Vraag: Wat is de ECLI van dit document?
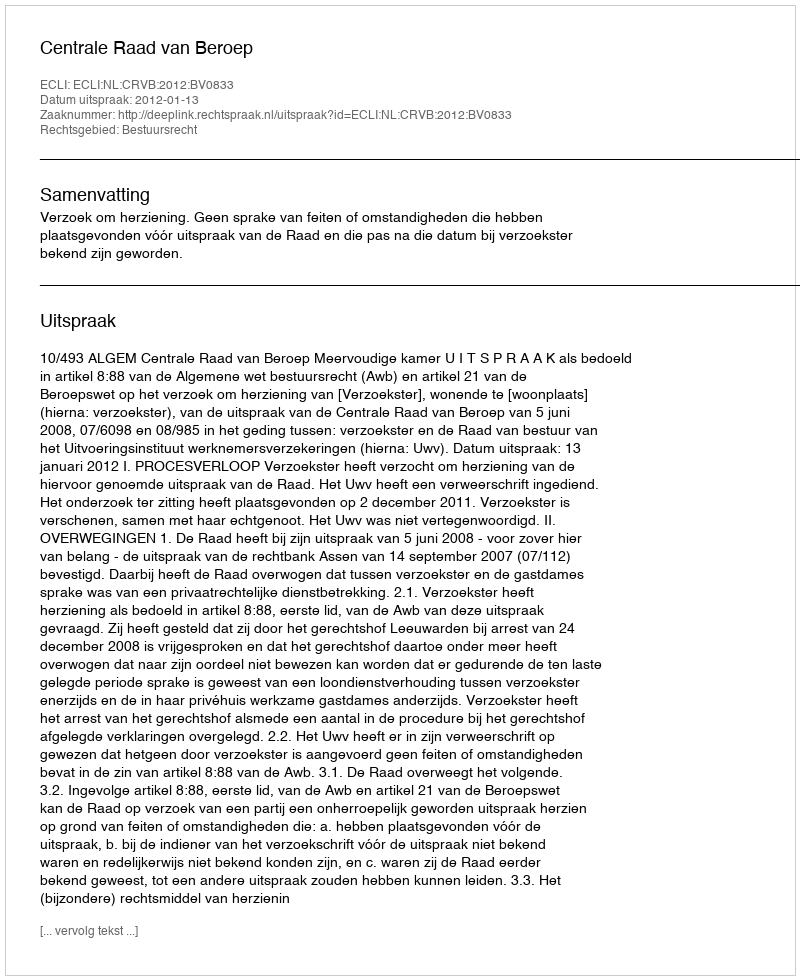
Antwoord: ECLI:NL:CRVB:2012:BV0833